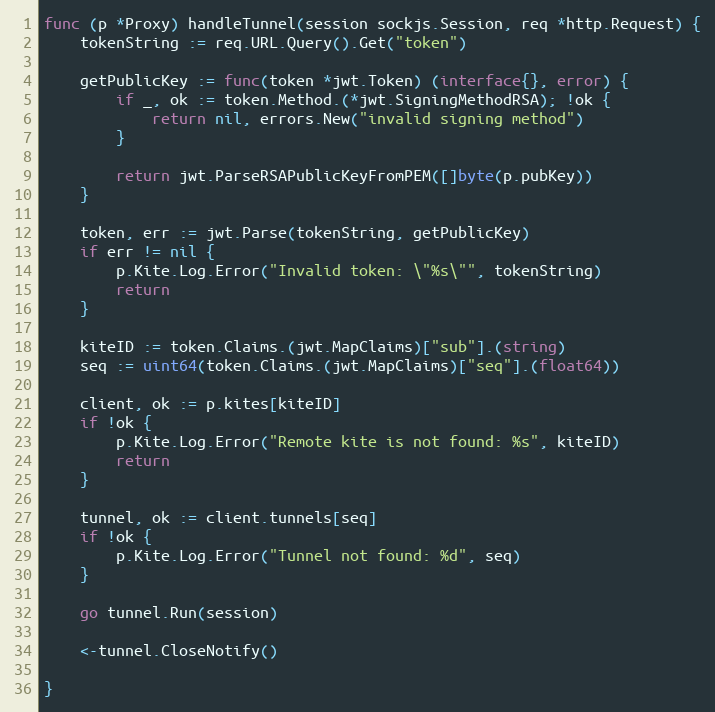
Language: Go
func (p *Proxy) handleTunnel(session sockjs.Session, req *http.Request) {
	tokenString := req.URL.Query().Get("token")

	getPublicKey := func(token *jwt.Token) (interface{}, error) {
		if _, ok := token.Method.(*jwt.SigningMethodRSA); !ok {
			return nil, errors.New("invalid signing method")
		}

		return jwt.ParseRSAPublicKeyFromPEM([]byte(p.pubKey))
	}

	token, err := jwt.Parse(tokenString, getPublicKey)
	if err != nil {
		p.Kite.Log.Error("Invalid token: \"%s\"", tokenString)
		return
	}

	kiteID := token.Claims.(jwt.MapClaims)["sub"].(string)
	seq := uint64(token.Claims.(jwt.MapClaims)["seq"].(float64))

	client, ok := p.kites[kiteID]
	if !ok {
		p.Kite.Log.Error("Remote kite is not found: %s", kiteID)
		return
	}

	tunnel, ok := client.tunnels[seq]
	if !ok {
		p.Kite.Log.Error("Tunnel not found: %d", seq)
	}

	go tunnel.Run(session)

	<-tunnel.CloseNotify()

}